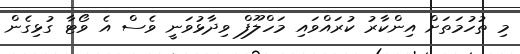
މި ތުހުމަތަށް އިންކާރު ކުރައްވައި މަހްލޫފް ވިދާޅުވަނީ ވެސް އެ ވޯޓާ ގުޅިގެން